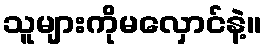
သူများကိုမလှောင်နဲ့။